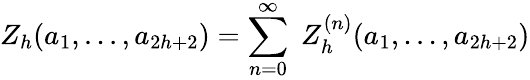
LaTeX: Z_{h}(a_{1},...,a_{2h+2})=\sum_{n=0}^{\infty}\; Z_{h}^{(n)}(a_{1},...,a_{2h+2})